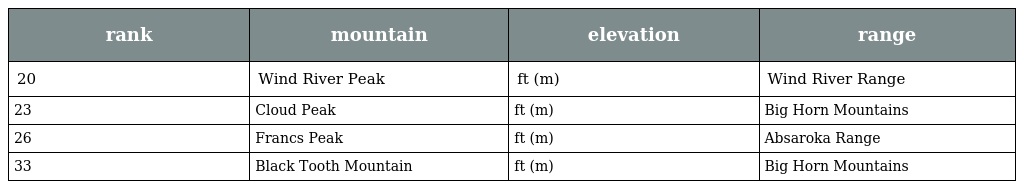
| rank | mountain | elevation | range |
 | --- | --- | --- | --- |
 | 20 | Wind River Peak | ft (m) | Wind River Range |
 | 23 | Cloud Peak | ft (m) | Big Horn Mountains |
 | 26 | Francs Peak | ft (m) | Absaroka Range |
 | 33 | Black Tooth Mountain | ft (m) | Big Horn Mountains |